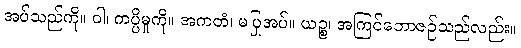
အပ်သည်ကို။ ဝါ၊ ကပ္ပိမှုကို။ အကတံ၊ မပြုအပ်။ ယဉ္စ၊ အကြင်ဘောဇဉ်သည်လည်း။